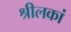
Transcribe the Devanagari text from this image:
श्रीलकां